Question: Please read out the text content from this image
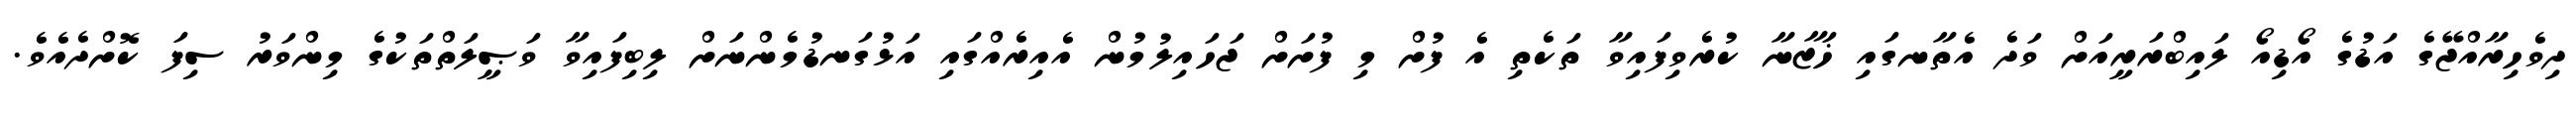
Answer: ދިވެހިރާއްޖޭގެ އަޑުގެ އޯޑިއޯ ލައިބްރަރީއަށް ވަދެ އެތާނގައި ޚަޒާނާ ކުރެވިފައިވާ ތަކެތި އެ ފުށް މި ފުށަށް ޖަހައިލުމުން އެއިރެއްގައި އަޅުގަނޑުމެންނަށް ލިބިފައިވާ ވަޞީލަތްތަކުގެ މިންވަރު ސިފަ ކޮށްދެއެވެ.